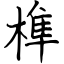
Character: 榫